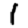
Digit: 1